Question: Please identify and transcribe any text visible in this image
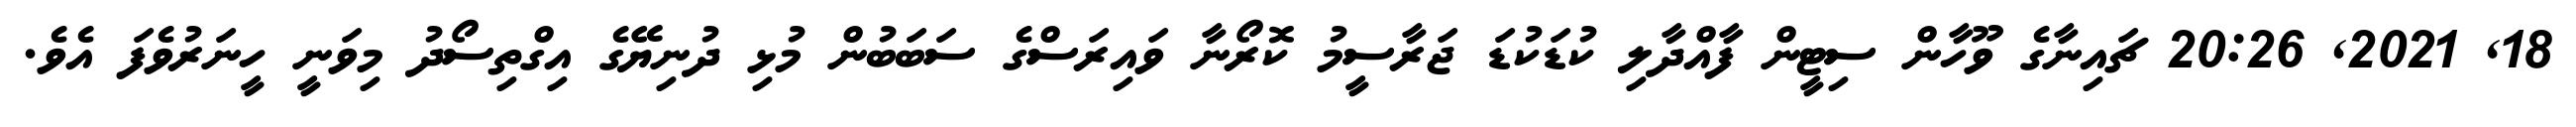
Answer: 18, 2021, 20:26 ޗައިނާގެ ވޫހާން ސިޓީން ފާއްދާލި ކުޑަކުޑަ ޖަރާސީމު ކޮރޯނާ ވައިރަސްގެ ސަބަބުން މުޅި ދުނިޔޭގެ އިގްތިސޯދު މިވަނީ ހީނަރުވެފަ އެވެ.